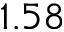
1 . 5 8